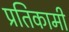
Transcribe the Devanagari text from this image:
प्रतिकामी